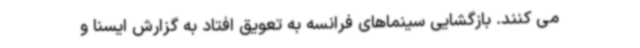
می کنند. بازگشایی سینماهای فرانسه به تعویق افتاد به گزارش ایسنا و